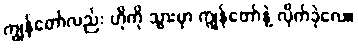
ကျွန်တော်လည်း ဟိုကို သွားမှာ ကျွန်တော်နဲ့ လိုက်ခဲ့လေ။